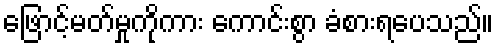
ဖြောင့်မတ်မှုကိုကား ကောင်းစွာ ခံစားရပေသည်။